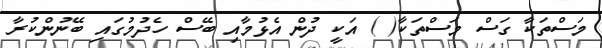
މަސްތަކާ ގަސް މަސްތަކާ( ) އަކީ ދުން އެޅުމާއި ބޭސް ހެދުމުގައި ބޭނުންކުރާ